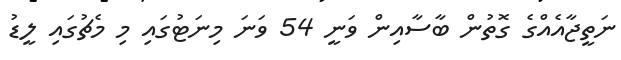
ނަތީޖާއެއްގެ ގޮތުން ބާސާއިން ވަނީ 54 ވަނަ މިނަޓުގައި މި މެޗުގައި ލީޑު